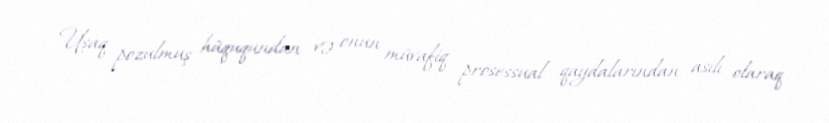
Uşaq pozulmuş hüququndan və onun müvafiq prosessual qaydalarından asılı olaraq